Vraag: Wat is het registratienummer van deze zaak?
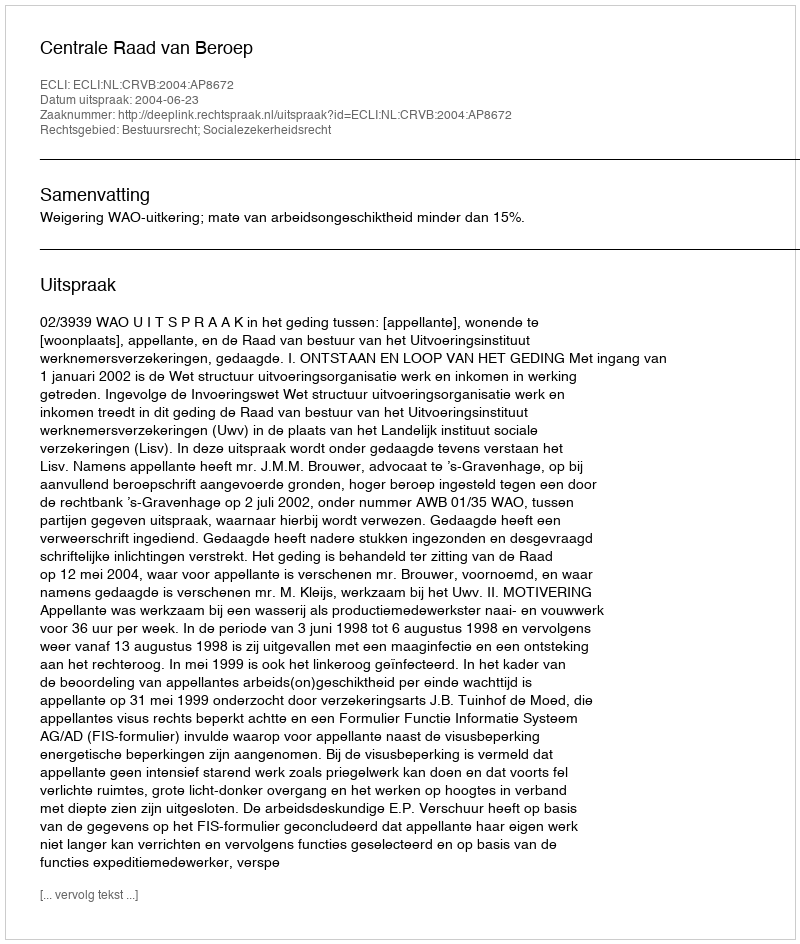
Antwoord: http://deeplink.rechtspraak.nl/uitspraak?id=ECLI:NL:CRVB:2004:AP8672